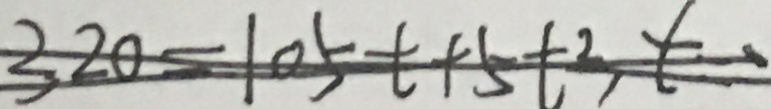
3 2 0 - 1 0 5 t + 5 + 2 , t =